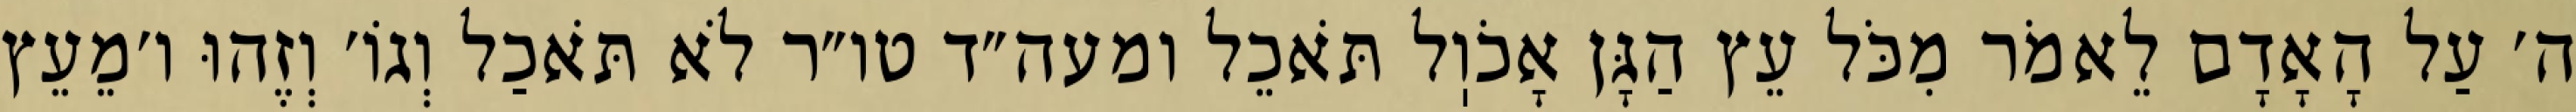
ה׳ עַל הָאָדָם לֵאמֹר מִכֹּל עֵץ הַגָּן אָכֹוֽל תֹּאכֵל ומעה״ד טו״ר לֹא תֹּאכַל וְגוֹ׳ וְזֶהוּ ו׳מֵעֵץ